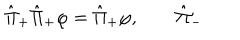
LaTeX: \hat { \Pi } _ { + } \hat { \Pi } _ { + } \varphi = \hat { \Pi } _ { + } \varphi , \qquad \hat { \Pi } _ { - }